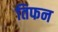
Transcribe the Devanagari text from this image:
तिफन